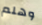
وهلم